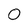
Character: O